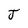
Character: J